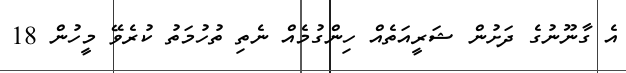
އެ ގާނޫނުގެ ދަށުން ޝަރީއަތެއް ހިންގުމެއް ނެތި ތުހުމަތު ކުރެވޭ މީހުން 18